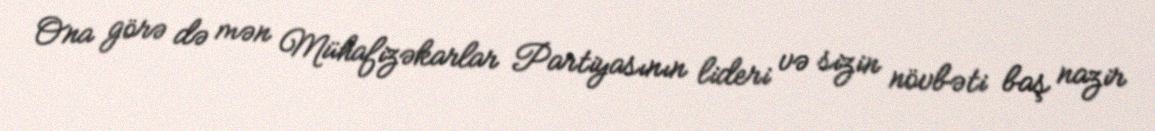
Ona görə də mən Mühafizəkarlar Partiyasının lideri və sizin növbəti baş nazir